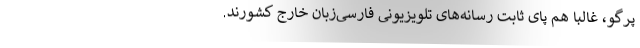
پرگو، غالبا هم پای ثابت رسانه‌های تلویزیونی فارسی‌زبان خارج کشورند.